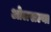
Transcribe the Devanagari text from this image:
ओलखल्या